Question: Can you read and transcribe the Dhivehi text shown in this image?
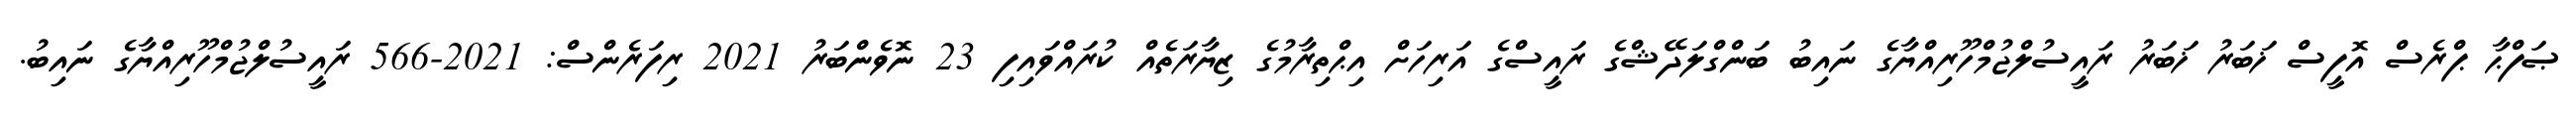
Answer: ޞަފްޙާ ޕްރެސް އޮފީސް ޚަބަރު ޚަބަރު ރައީސުލްޖުމްހޫރިއްޔާގެ ނައިބު ބަންގްލަދޭޝްގެ ރައީސްގެ އަރިހަށް އިޙްތިރާމުގެ ޒިޔާރަތެއް ކުރައްވައިފި 23 ނޮވެންބަރު 2021 ރިފަރެންސް: 2021-566 ރައީސުލްޖުމްހޫރިއްޔާގެ ނައިބު.